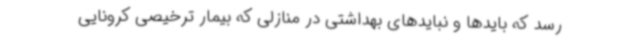
رسد که بایدها و نبایدهای بهداشتی در منازلی که بیمار ترخیصی کرونایی